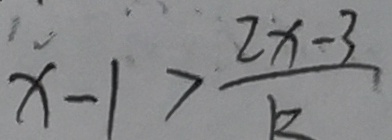
x - 1 > \frac { 2 x - 3 } { k }